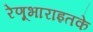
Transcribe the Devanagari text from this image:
रेणूभाराइतके